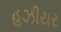
હૂઝીયર